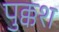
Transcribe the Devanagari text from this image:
पुक्कश